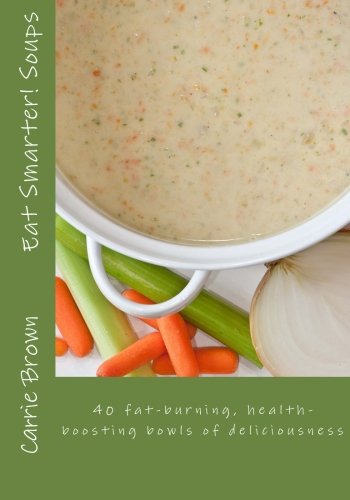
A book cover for Eat Smarter! Soups; Carrie Brown; Cookbooks, Food & Wine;